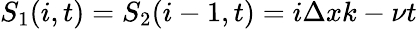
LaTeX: S_{1}(i,t)=S_{2}(i-1,t)=i\Delta xk-\nu t